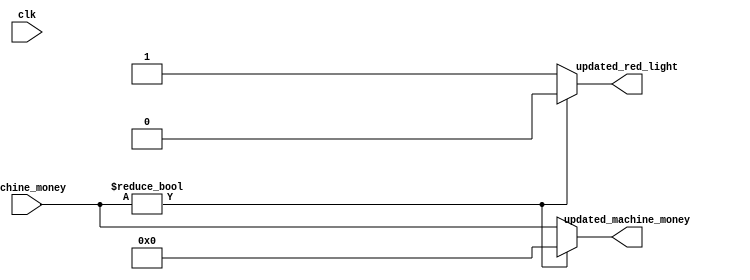
module owner_withdraw (
    input clk,
    input [3:0] machine_money,
    output reg updated_red_light,
    output reg [3:0] updated_machine_money
);

always @(clk) begin
    updated_machine_money = machine_money;
    updated_red_light = 0;

    if (machine_money != 4'b0000) begin
        updated_machine_money <= 4'b0000;
        updated_red_light <= 1'b0;
    end
    else begin
        $display("ERROR: Machine's Balance is Zero :(");
        updated_red_light <= 1'b1;
    end
end    

endmodule